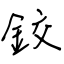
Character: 鉸